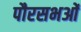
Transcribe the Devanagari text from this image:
पौरसभओं